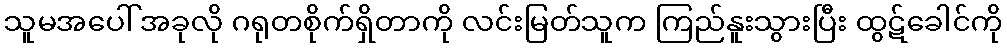
သူမအပေါ် အခုလို ဂရုတစိုက်ရှိတာကို လင်းမြတ်သူက ကြည်နူးသွားပြီး ထွဋ်ခေါင်ကို